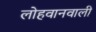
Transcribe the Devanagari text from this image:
लोहवानवाली